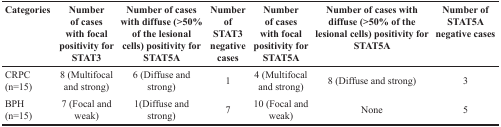
<table><thead><tr><td><b>Categories</b></td><td><b>Number of cases with focal positivity for STAT3</b></td><td><b>Number of cases with diffuse (&gt;50% of the lesional cells) positivity for STAT5A</b></td><td><b>Number of STAT3 negative cases</b></td><td><b>Number of cases with focal positivity for STAT5A</b></td><td><b>Number of cases with diffuse (&gt;50% of the lesional cells) positivity for STAT5A</b></td><td><b>Number of STAT5A negative cases</b></td></tr></thead><tbody><tr><td>CRPC (n=15)</td><td>8 (Multifocal and strong)</td><td>6 (Diffuse and strong)</td><td>1</td><td>4 (Multifocal and strong)</td><td>8 (Diffuse and strong)</td><td>3</td></tr><tr><td>BPH (n=15)</td><td>7 (Focal and weak)</td><td>1(Diffuse and strong)</td><td>7</td><td>10 (Focal and weak)</td><td>None</td><td>5</td></tr></tbody></table>